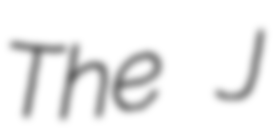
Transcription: The J